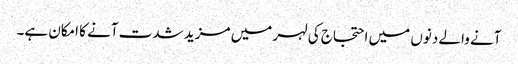
آنے والے دنوں میں احتجاج کی لہر میں مزید شدت آنے کا امکان ہے۔